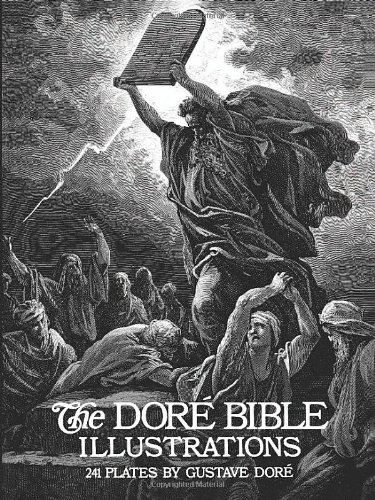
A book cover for The Dore Bible Illustrations; Gustave Dore; Arts & Photography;